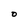
Character: D